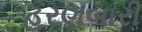
હરણબારી